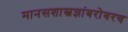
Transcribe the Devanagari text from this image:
मानसशास्त्रज्ञांबरोबरच